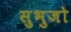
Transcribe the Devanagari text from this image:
सुभुजो